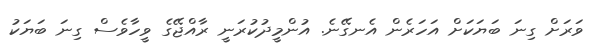
ވަރަށް ގިނަ ބަޔަކަށް އަހަރެން އެނގޭނެ. އުންމީދުކުރަނީ ރާއްޖޭގެ ވީހާވެސް ގިނަ ބަޔަކު